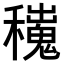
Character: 𥣼